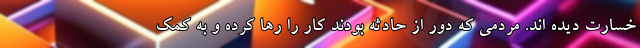
خسارت دیده اند. مردمی که دور از حادثه بودند کار را رها کرده و به کمک